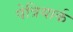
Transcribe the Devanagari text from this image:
पेत्रियार्क